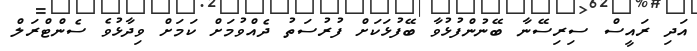
އަދި ރައީސް ސިރިސޭނާ ބޭނުންފުޅުވާ ބޭފުޅަކަށް ފުރުސަތު ދެއްވުމަށް ކަމަށް ވިދާޅުވެ ސެންޓްރަލް